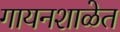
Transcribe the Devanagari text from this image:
गायनशाळेत